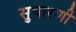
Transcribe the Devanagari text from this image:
सुधारणी